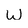
Character: w